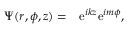
\begin{array} { r l } { \Psi ( r , \phi , z ) = } & { { } \mathrm { e } ^ { i k z } \mathrm { e } ^ { i m \phi } , } \end{array}